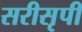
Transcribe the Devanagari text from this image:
सरीसृपी